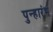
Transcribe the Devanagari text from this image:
पुन्हारंभ